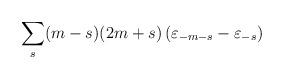
LaTeX: \begin{align*}\sum\limits_s (m-s)(2m+s) \left( {\varepsilon}_{-m-s} - {\varepsilon}_{-s}\right)\end{align*}